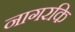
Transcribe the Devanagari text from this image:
नागरकि